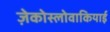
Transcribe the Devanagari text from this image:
ज़ेकोस्लोवाकियाई